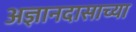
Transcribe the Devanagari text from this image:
अज्ञानदासाच्या